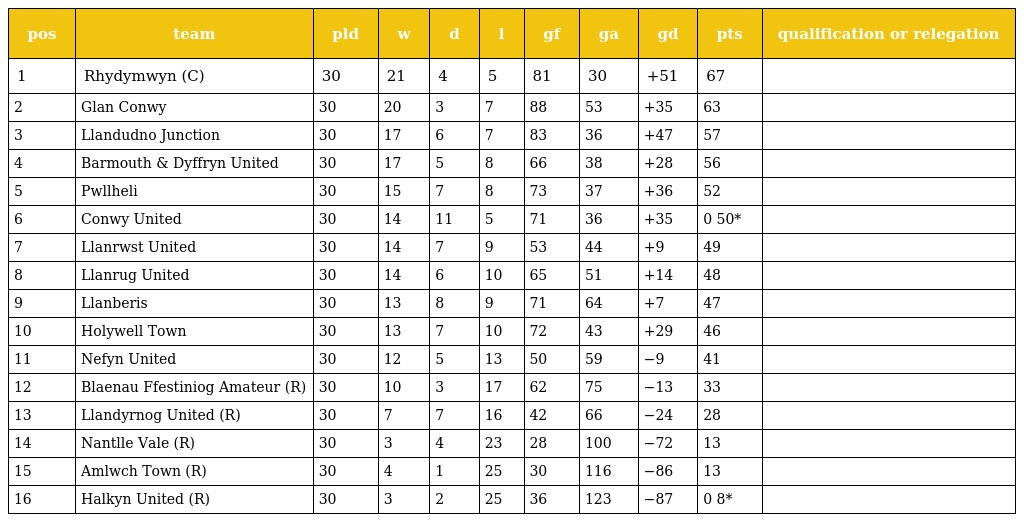
| pos | team | pld | w | d | l | gf | ga | gd | pts | qualification or relegation |
 | --- | --- | --- | --- | --- | --- | --- | --- | --- | --- | --- |
 | 1 | Rhydymwyn (C) | 30 | 21 | 4 | 5 | 81 | 30 | +51 | 67 |  |
 | 2 | Glan Conwy | 30 | 20 | 3 | 7 | 88 | 53 | +35 | 63 |  |
 | 3 | Llandudno Junction | 30 | 17 | 6 | 7 | 83 | 36 | +47 | 57 |  |
 | 4 | Barmouth & Dyffryn United | 30 | 17 | 5 | 8 | 66 | 38 | +28 | 56 |  |
 | 5 | Pwllheli | 30 | 15 | 7 | 8 | 73 | 37 | +36 | 52 |  |
 | 6 | Conwy United | 30 | 14 | 11 | 5 | 71 | 36 | +35 | 0 50* |  |
 | 7 | Llanrwst United | 30 | 14 | 7 | 9 | 53 | 44 | +9 | 49 |  |
 | 8 | Llanrug United | 30 | 14 | 6 | 10 | 65 | 51 | +14 | 48 |  |
 | 9 | Llanberis | 30 | 13 | 8 | 9 | 71 | 64 | +7 | 47 |  |
 | 10 | Holywell Town | 30 | 13 | 7 | 10 | 72 | 43 | +29 | 46 |  |
 | 11 | Nefyn United | 30 | 12 | 5 | 13 | 50 | 59 | −9 | 41 |  |
 | 12 | Blaenau Ffestiniog Amateur (R) | 30 | 10 | 3 | 17 | 62 | 75 | −13 | 33 |  |
 | 13 | Llandyrnog United (R) | 30 | 7 | 7 | 16 | 42 | 66 | −24 | 28 |  |
 | 14 | Nantlle Vale (R) | 30 | 3 | 4 | 23 | 28 | 100 | −72 | 13 |  |
 | 15 | Amlwch Town (R) | 30 | 4 | 1 | 25 | 30 | 116 | −86 | 13 |  |
 | 16 | Halkyn United (R) | 30 | 3 | 2 | 25 | 36 | 123 | −87 | 0 8* |  |